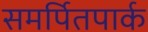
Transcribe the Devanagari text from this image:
समर्पितपार्क